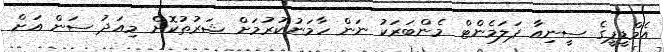
އެމްޑީޕީގެ ސީނިއާ ޕަލަމެންޓް މެންބަރަކު ނަން ހާމަނުކުރުމަށް ޝަރުތުކޮށް މިއަދު ސަން އަށް